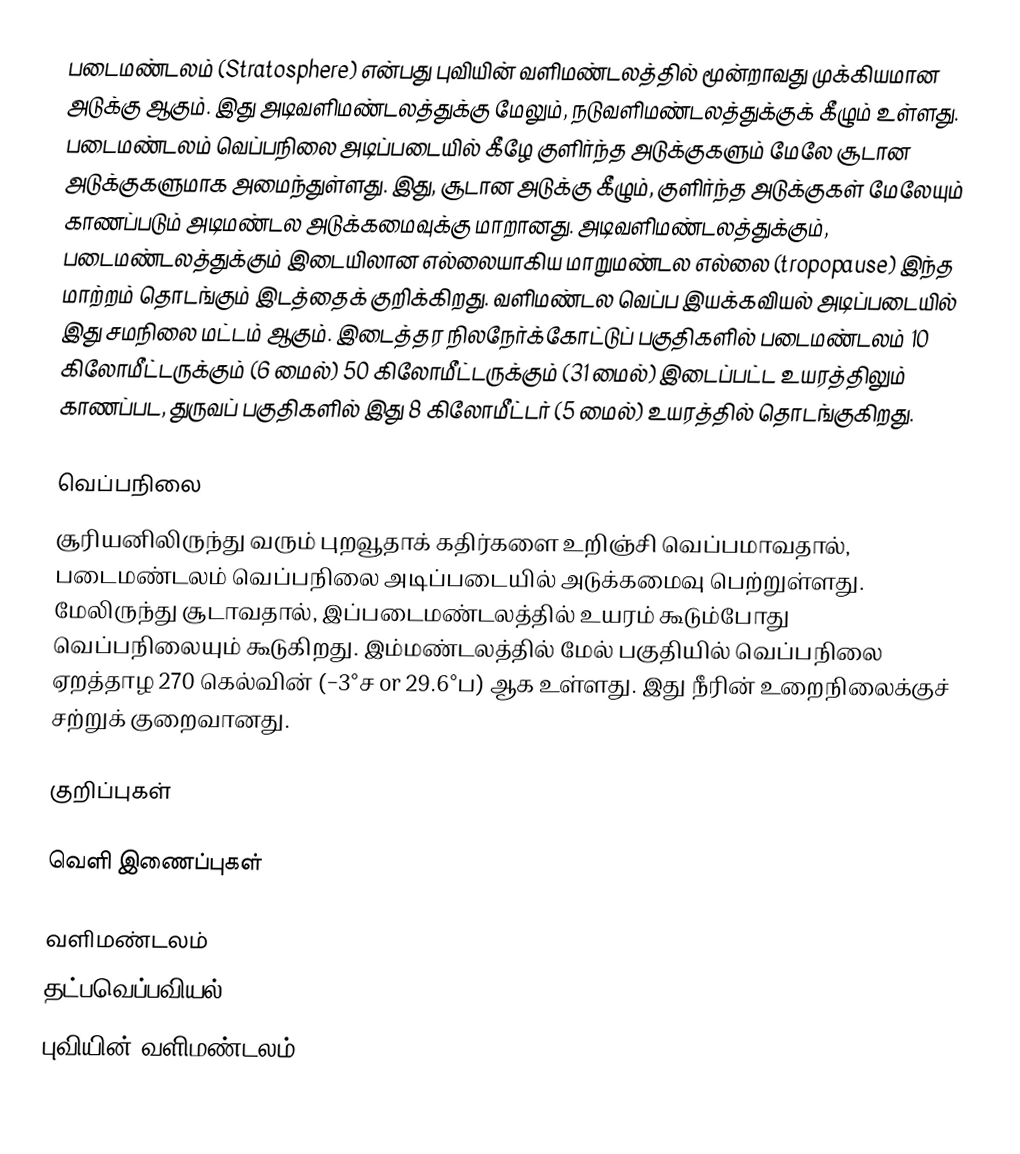
படைமண்டலம் (Stratosphere) என்பது புவியின் வளிமண்டலத்தில் மூன்றாவது முக்கியமான அடுக்கு ஆகும். இது அடிவளிமண்டலத்துக்கு மேலும், நடுவளிமண்டலத்துக்குக் கீழும் உள்ளது. படைமண்டலம் வெப்பநிலை அடிப்படையில் கீழே குளிர்ந்த அடுக்குகளும் மேலே சூடான அடுக்குகளுமாக அமைந்துள்ளது. இது, சூடான அடுக்கு கீழும், குளிர்ந்த அடுக்குகள் மேலேயும் காணப்படும் அடிமண்டல அடுக்கமைவுக்கு மாறானது. அடிவளிமண்டலத்துக்கும், படைமண்டலத்துக்கும் இடையிலான எல்லையாகிய மாறுமண்டல எல்லை (tropopause) இந்த மாற்றம் தொடங்கும் இடத்தைக் குறிக்கிறது. வளிமண்டல வெப்ப இயக்கவியல் அடிப்படையில் இது சமநிலை மட்டம் ஆகும். இடைத்தர நிலநேர்க்கோட்டுப் பகுதிகளில் படைமண்டலம் 10 கிலோமீட்டருக்கும் (6 மைல்) 50 கிலோமீட்டருக்கும் (31 மைல்) இடைப்பட்ட உயரத்திலும் காணப்பட, துருவப் பகுதிகளில் இது 8 கிலோமீட்டர் (5 மைல்) உயரத்தில் தொடங்குகிறது.

வெப்பநிலை
சூரியனிலிருந்து வரும் புறவூதாக் கதிர்களை உறிஞ்சி வெப்பமாவதால், படைமண்டலம் வெப்பநிலை அடிப்படையில் அடுக்கமைவு பெற்றுள்ளது. மேலிருந்து சூடாவதால், இப்படைமண்டலத்தில் உயரம் கூடும்போது வெப்பநிலையும் கூடுகிறது. இம்மண்டலத்தில் மேல் பகுதியில் வெப்பநிலை ஏறத்தாழ 270 கெல்வின் (−3°ச or 29.6°ப) ஆக உள்ளது. இது நீரின் உறைநிலைக்குச் சற்றுக் குறைவானது.

குறிப்புகள்

வெளி இணைப்புகள்

வளிமண்டலம்
தட்பவெப்பவியல்
புவியின் வளிமண்டலம்